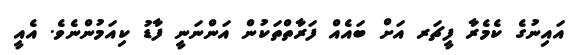
އައިނުގެ ކެމެރާ ފީޗަރ އަށް ބައެއް ފަރާތްތަކުން އަންނަނީ ފާޑު ކިއަމުންނެވެ. އެއީ